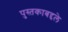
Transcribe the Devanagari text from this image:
पुस्तकाबद्दले